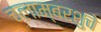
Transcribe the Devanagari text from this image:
चलाम्बरशुचे